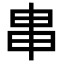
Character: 𤰶